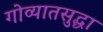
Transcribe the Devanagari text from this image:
गोव्यातसुद्धा